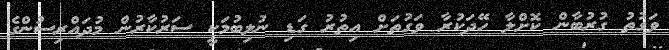
ވަގުތު ގުރުބާން ކޮށްލާ ހޭދަކުރާ ވަގުތަށް އިތުރު ގަޑި ނުލިބުމަކީ ސަރުކާރުން މުދައްރިސުންގެ